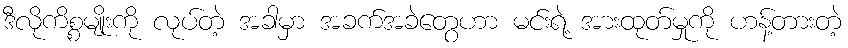
ဒီလိုကိစ္စမျိုးကို လုပ်တဲ့ အခါမှာ အခက်အခဲတွေဟာ မင်းရဲ့ အားထုတ်မှုကို ဟန့်တားတဲ့